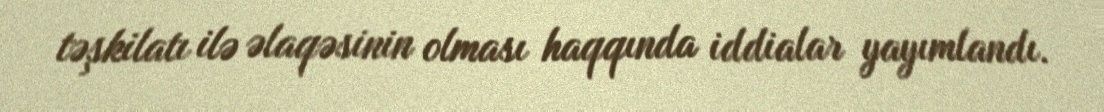
təşkilatı ilə əlaqəsinin olması haqqında iddialar yayımlandı.